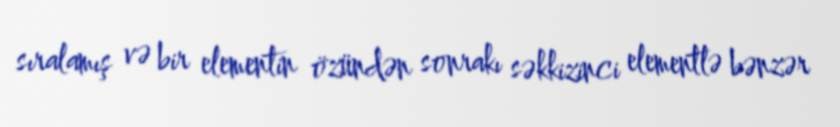
sıralamış və bir elementin özündən sonrakı səkkizinci elementlə bənzər